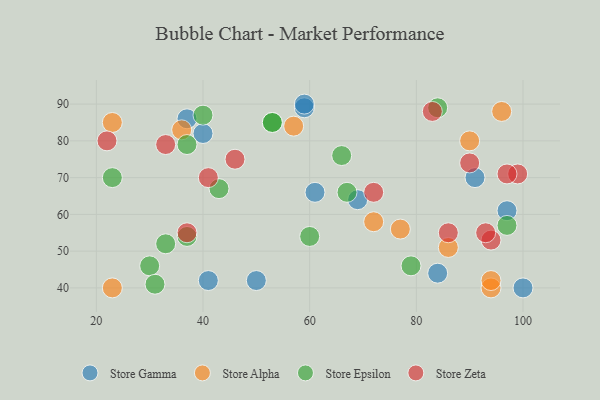
{"axis": {"x": "GDP", "y": "Life Expectancy"}, "legend": ["Store Alpha", "Store Epsilon", "Store Gamma", "Store Zeta"], "data": [{"x": "84", "y": 44, "type": "Store Gamma"}, {"x": "50", "y": 42, "type": "Store Gamma"}, {"x": "59", "y": 89, "type": "Store Gamma"}, {"x": "69", "y": 64, "type": "Store Gamma"}, {"x": "40", "y": 82, "type": "Store Gamma"}, {"x": "97", "y": 61, "type": "Store Gamma"}, {"x": "41", "y": 42, "type": "Store Gamma"}, {"x": "37", "y": 86, "type": "Store Gamma"}, {"x": "59", "y": 90, "type": "Store Gamma"}, {"x": "100", "y": 40, "type": "Store Gamma"}, {"x": "91", "y": 70, "type": "Store Gamma"}, {"x": "61", "y": 66, "type": "Store Gamma"}, {"x": "86", "y": 51, "type": "Store Alpha"}, {"x": "23", "y": 40, "type": "Store Alpha"}, {"x": "90", "y": 80, "type": "Store Alpha"}, {"x": "94", "y": 40, "type": "Store Alpha"}, {"x": "36", "y": 83, "type": "Store Alpha"}, {"x": "77", "y": 56, "type": "Store Alpha"}, {"x": "96", "y": 88, "type": "Store Alpha"}, {"x": "72", "y": 58, "type": "Store Alpha"}, {"x": "23", "y": 85, "type": "Store Alpha"}, {"x": "57", "y": 84, "type": "Store Alpha"}, {"x": "94", "y": 42, "type": "Store Alpha"}, {"x": "84", "y": 89, "type": "Store Epsilon"}, {"x": "97", "y": 57, "type": "Store Epsilon"}, {"x": "67", "y": 66, "type": "Store Epsilon"}, {"x": "23", "y": 70, "type": "Store Epsilon"}, {"x": "43", "y": 67, "type": "Store Epsilon"}, {"x": "40", "y": 87, "type": "Store Epsilon"}, {"x": "37", "y": 54, "type": "Store Epsilon"}, {"x": "30", "y": 46, "type": "Store Epsilon"}, {"x": "31", "y": 41, "type": "Store Epsilon"}, {"x": "37", "y": 79, "type": "Store Epsilon"}, {"x": "66", "y": 76, "type": "Store Epsilon"}, {"x": "53", "y": 85, "type": "Store Epsilon"}, {"x": "60", "y": 54, "type": "Store Epsilon"}, {"x": "53", "y": 85, "type": "Store Epsilon"}, {"x": "33", "y": 52, "type": "Store Epsilon"}, {"x": "79", "y": 46, "type": "Store Epsilon"}, {"x": "99", "y": 71, "type": "Store Zeta"}, {"x": "94", "y": 53, "type": "Store Zeta"}, {"x": "37", "y": 55, "type": "Store Zeta"}, {"x": "22", "y": 80, "type": "Store Zeta"}, {"x": "33", "y": 79, "type": "Store Zeta"}, {"x": "93", "y": 55, "type": "Store Zeta"}, {"x": "41", "y": 70, "type": "Store Zeta"}, {"x": "90", "y": 74, "type": "Store Zeta"}, {"x": "97", "y": 71, "type": "Store Zeta"}, {"x": "86", "y": 55, "type": "Store Zeta"}, {"x": "83", "y": 88, "type": "Store Zeta"}, {"x": "46", "y": 75, "type": "Store Zeta"}, {"x": "72", "y": 66, "type": "Store Zeta"}]}